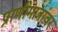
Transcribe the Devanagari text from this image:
प्राणीमात्रांवर